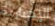
الإخبارية